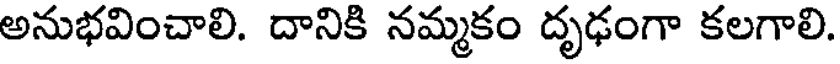
అనుభవించాలి. దానికి నమ్మకం దృఢంగా కలగాలి.